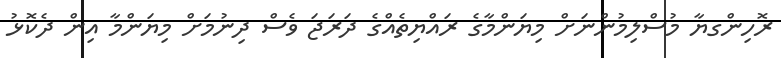
ރޮހިންގޔާ މުސްލިމުންނަށް މިޔަންމާގެ ރައްޔިތެއްގެ ދަރަޖަ ވެސް ދިނުމަށް މިޔަންމާ އިން ދެކޮޅު